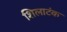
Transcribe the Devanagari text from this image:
शिलाटंक